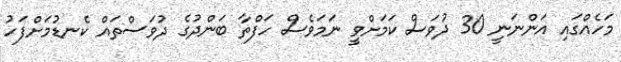
މަހެއްގައި އަންނަނީ 30 ދުވަސް ކަމަށްވީ ނަމަވެސް ހަފްތާ ބަންދުގެ ދުވަސްތައް ކެނޑުމަށްފަހު